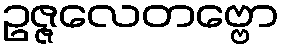
ဥဇ္ဇလေတဗ္ဗော